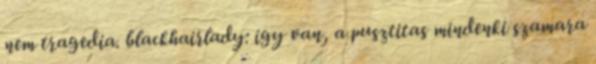
nem tragedia. blackhairlady: igy van, a pusztitas mindenki szamara